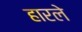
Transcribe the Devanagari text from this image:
हारले